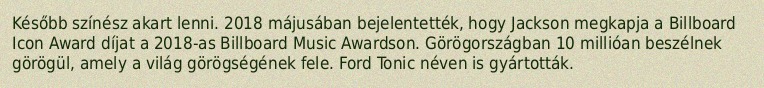
Később színész akart lenni. 2018 májusában bejelentették, hogy Jackson megkapja a Billboard Icon Award díjat a 2018-as Billboard Music Awardson. Görögországban 10 millióan beszélnek görögül, amely a világ görögségének fele. Ford Tonic néven is gyártották.